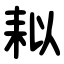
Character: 䎣